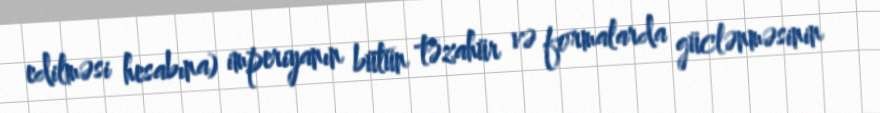
edilməsi hesabına) imperiyanın bütün təzahür və formalarda güclənməsinin